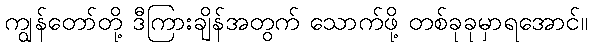
ကျွန်တော်တို့ ဒီကြားချိန်အတွက် သောက်ဖို့ တစ်ခုခုမှာရအောင်။